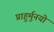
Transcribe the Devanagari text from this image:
प्राहुर्मुनयो